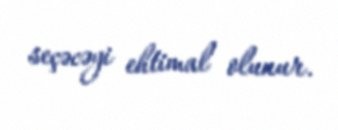
seçəcəyi ehtimal olunur.